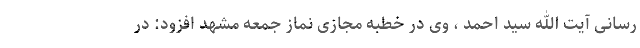
رسانی آیت الله سید احمد ، وی در خطبه مجازی نماز جمعه مشهد افزود: در